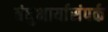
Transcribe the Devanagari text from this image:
बंधुभार्यासंपर्क